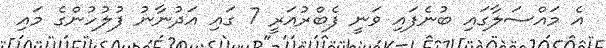
އެ މައްސަލާގައި ބުނެފައި ވަނީ ފެބްރުއަރީ 7 ގައި އަދުނާނު ފުލުހުންގެ މައި